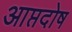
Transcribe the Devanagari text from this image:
आप्तदोष